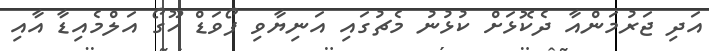
އަދި ޖަރުމަންއާ ދެކޮޅަށް ކުޅުނު މެޗުގައި އަނިޔާވި ފޯވަޑް ހޫގޯ އަލްމެއިޑާ އާއި